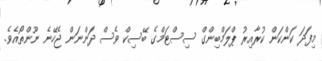
މިފަދަ ކަންކަން ކުރާއިރު ޕްލަމްބިންގް ސިސްޓަމްގެ ބޭސިކް ވެސް ދަންނަން ޖެހޭނެ ނޫންތޯއެވެ.